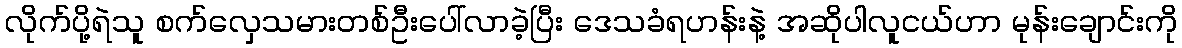
လိုက်ပို့ရဲသူ စက်လှေသမားတစ်ဦးပေါ်လာခဲ့ပြီး ဒေသခံရဟန်းနဲ့ အဆိုပါလူငယ်ဟာ မုန်းချောင်းကို